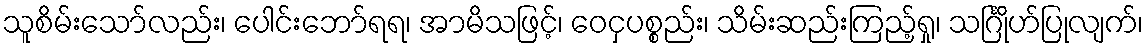
သူစိမ်းသော်လည်း၊ ပေါင်းဘော်ရရ၊ အာမိသဖြင့်၊ ဝေငှပစ္စည်း၊ သိမ်းဆည်းကြည့်ရှု၊ သင်္ဂြိုဟ်ပြုလျက်၊